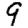
Digit: 9